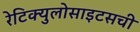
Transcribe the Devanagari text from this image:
रेटिक्युलोसाइटसची